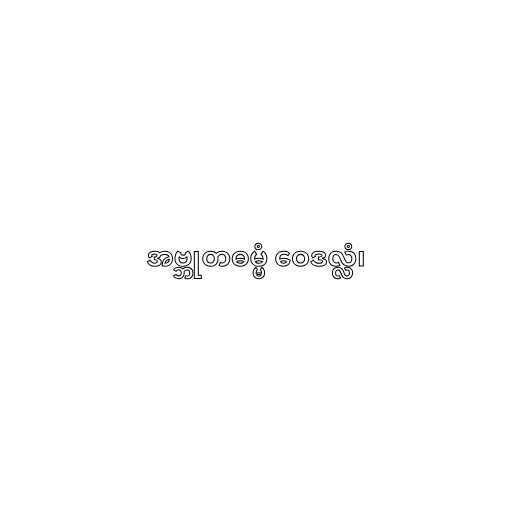
အဗ္ဘုတဓမ္မံ ဝေဒလ္လံ၊